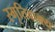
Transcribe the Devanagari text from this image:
स्मृतिवाक्य